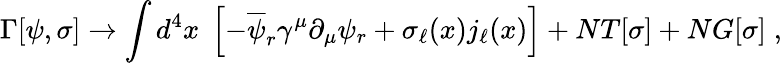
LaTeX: \Gamma[\psi,\sigma]\rightarrow\int d^{4}x\; \left[-\overline{{{\psi}}}_{r}\gamma^{\mu}\partial_{\mu}\psi_{r}+\sigma_{\ell}(x)j_{\ell}(x)\right]+NT[\sigma]+NG[\sigma]\; ,